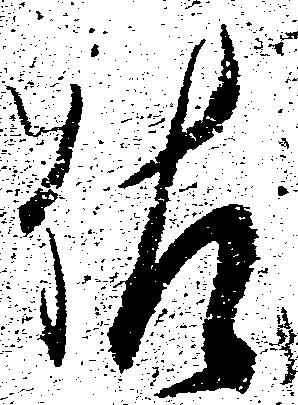
佐